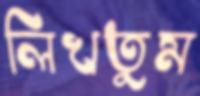
লিখতুম